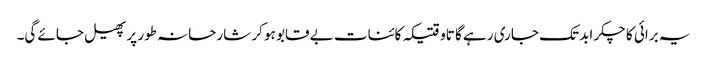
یہ برائی کا چکر ابد تک جاری رہے گا تاوقتیکہ کائنات بے قابو ہو کر شارحانہ طور پر پھیل جائے گی۔